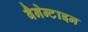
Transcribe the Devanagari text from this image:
बैनेन्टाइन